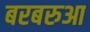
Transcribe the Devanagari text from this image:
बरबरुआ